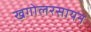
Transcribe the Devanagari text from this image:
खगोलरसायन